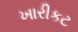
ખારીકટ